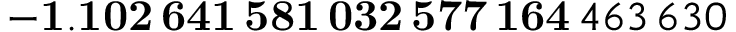
\mathbf { - 1 . 1 0 2 \, 6 4 1 \, 5 8 1 \, 0 3 2 \, 5 7 7 \, 1 6 4 } \, 4 6 3 \, 6 3 0